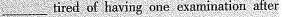
___tired of having one examination after